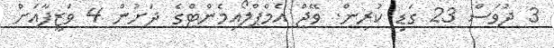
3 ދުވަސް 23 ގަޑި ކުރިން. ވޭޖް އެމްޕްލޯއިމެންޓްގެ ދަށުން 4 ވަޒީފާއަށް